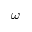
\omega